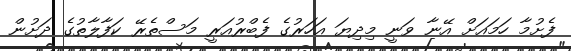
ފެށުމާ ހަމައަށް އޭނާ ވަނީ މިދިޔަ އަހަރުގެ ފެބްރުއަރީ މަސްތެރޭ ކަފާލާތުގެ ދަށުން